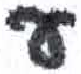
אות: ע